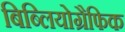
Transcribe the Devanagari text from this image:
बिब्लियोग्रैफिक